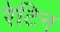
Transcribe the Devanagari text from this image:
रैटिन